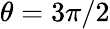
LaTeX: \theta=3\pi/2